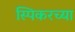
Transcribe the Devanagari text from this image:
स्पिकरच्या